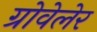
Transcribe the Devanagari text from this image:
ग्रोवेलेर